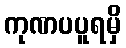
ကုဏပပူရမှိ